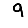
Digit: 9